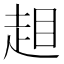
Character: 𧻃